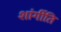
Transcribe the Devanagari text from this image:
शांर्गीति